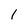
Character: 1